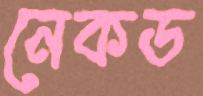
নেকড